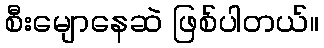
စီးမျောနေဆဲ ဖြစ်ပါတယ်။